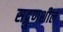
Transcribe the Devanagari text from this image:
सद्गुणशील